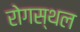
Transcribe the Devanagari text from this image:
रोगस्थल